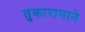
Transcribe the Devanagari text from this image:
तुकारामाने